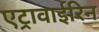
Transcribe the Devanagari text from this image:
एट्रावाईरिन